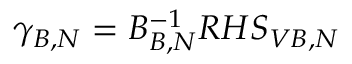
\gamma _ { B , N } = B _ { B , N } ^ { - 1 } R H S _ { V B , N }